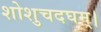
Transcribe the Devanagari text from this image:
शोशुचदघम्।